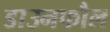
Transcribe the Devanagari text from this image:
डाउनफौल